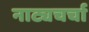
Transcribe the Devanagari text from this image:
नाट्यचर्चा